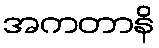
အကတာနိ